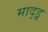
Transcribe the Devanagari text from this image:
माद्ड्र्